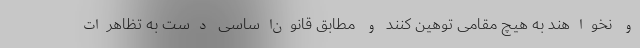
و نخواهند به هیچ مقامی توهین کنند و مطابق قانون‌اساسی دست به تظاهرات